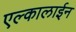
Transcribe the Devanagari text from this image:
एल्कालाईन